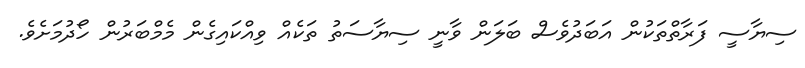
ސިޔާސީ ފަރާތްތަކުން އަބަދުވެސް ބަލަން ވާނީ ސިޔާސަތު ތަކެއް ވިއްކައިގެން މެމްބަރުން ހޯދުމަށެވެ.